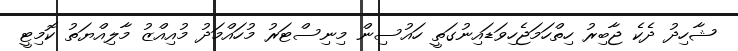
ޝާހިދު ދެކެ ޖާބިރު ހިތްހަމަޖެހިވަޑައިނުގަތީ ހައުސިން މިނިސްޓަރު މުހައްމަދު މުއިއްޒު މާލިއްޔަތު ކޮމިޓީ